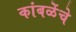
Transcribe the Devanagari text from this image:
कांबळेेंचे